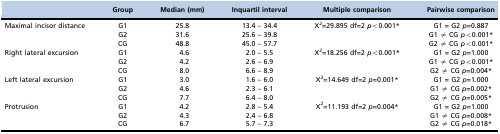
<table><thead><tr><td></td><td><b>Group</b></td><td><b>Median (mm)</b></td><td><b>Inquartil interval</b></td><td><b>Multiple comparison</b></td><td><b>Pairwise comparison</b></td></tr></thead><tbody><tr><td rowspan="3">Maximal incisor distance</td><td>G1</td><td>25.8</td><td>13.4 – 34.4</td><td rowspan="3">X<sup>2</sup>=29.895 df=2 <i>p</i>&lt;0.001*</td><td>G1 = G2 <i>p</i>=0.887</td></tr><tr><td>G2</td><td>31.6</td><td>25.6 – 39.8</td><td>G1 ≠ CG <i>p</i>&lt;0.001*</td></tr><tr><td>CG</td><td>48.8</td><td>45.0 – 57.7</td><td>G2 ≠ CG <i>p</i>&lt;0.001*</td></tr><tr><td rowspan="3">Right lateral excursion</td><td>G1</td><td>4.6</td><td>2.0 – 5.5</td><td rowspan="3">X<sup>2</sup>=18.256 df=2 <i>p</i>&lt;0.001*</td><td>G1 = G2 <i>p</i>=1.000</td></tr><tr><td>G2</td><td>4.2</td><td>2.6 – 6.9</td><td>G1 ≠ CG <i>p</i>&lt;0.001*</td></tr><tr><td>CG</td><td>8.0</td><td>6.6 – 8.9</td><td>G2 ≠ CG <i>p</i>=0.004*</td></tr><tr><td rowspan="3">Left lateral excursion</td><td>G1</td><td>3.0</td><td>1.6 – 6.0</td><td rowspan="3">X<sup>2</sup>=14.649 df=2 <i>p</i>=0.001*</td><td>G1 = G2 <i>p</i>=1.000</td></tr><tr><td>G2</td><td>4.6</td><td>2.3 – 6.1</td><td>G1 ≠ CG <i>p</i>=0.002*</td></tr><tr><td>CG</td><td>7.7</td><td>6.4 – 8.0</td><td>G2 ≠ CG <i>p</i>=0.005*</td></tr><tr><td rowspan="3">Protrusion</td><td>G1</td><td>4.2</td><td>2.8 – 5.4</td><td rowspan="3">X<sup>2</sup>=11.193 df=2 <i>p</i>=0.004*</td><td>G1 = G2 <i>p</i>=1.000</td></tr><tr><td>G2</td><td>4.3</td><td>2.4 – 6.8</td><td>G1 ≠ CG <i>p</i>=0.008*</td></tr><tr><td>CG</td><td>6.7</td><td>5.7 – 7.3</td><td>G2 ≠ CG <i>p</i>=0.018*</td></tr></tbody></table>